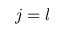
j = l